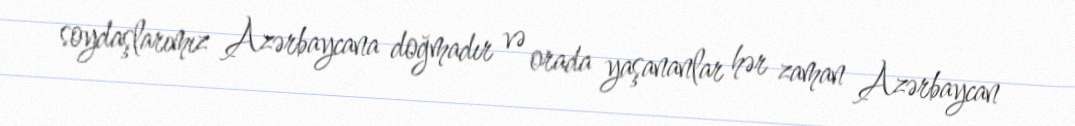
soydaşlarımız Azərbaycana doğmadır və orada yaşananlar hər zaman Azərbaycan